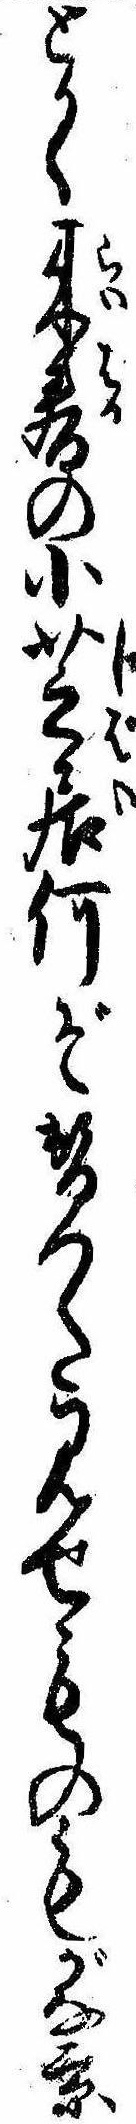
とかく来春の小芝居何ぞ替つた見せものもがな京